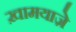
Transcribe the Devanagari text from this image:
ख़ामयाजे़